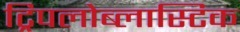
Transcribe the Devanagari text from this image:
ट्रिपलोब्लास्टिक